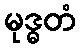
မုဒ္ဓတံ